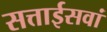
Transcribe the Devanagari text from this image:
सत्ताईसवां